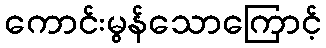
ကောင်းမွန်သောကြောင့်